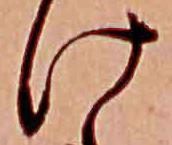
け